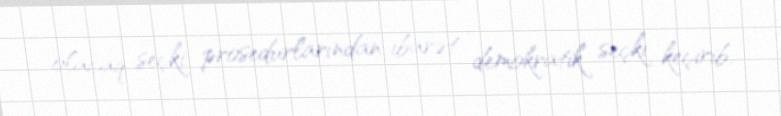
olacaq seçki prosedurlarından ibarət demokratik seçki keçirib.